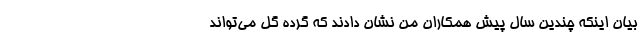
بیان اینکه چندین سال پیش همکاران من نشان دادند که گرده گل می‌تواند